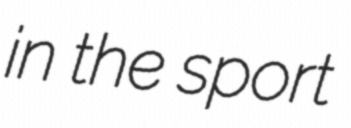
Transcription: in the sport